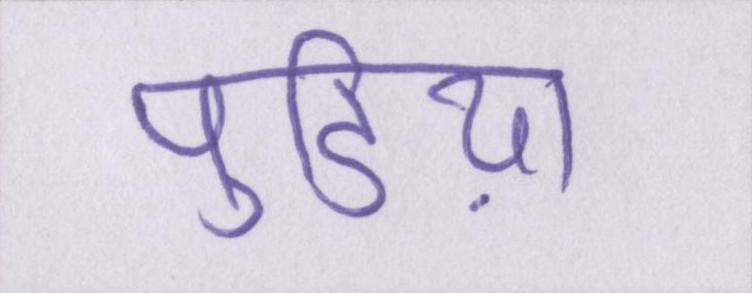
पुडिय़ा